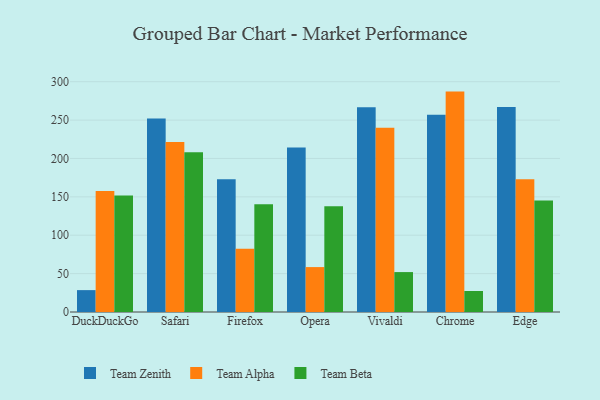
{"axis": {"x": "Browser", "y": "LTV (USD)"}, "legend": ["Team Alpha", "Team Beta", "Team Zenith"], "data": [{"x": "DuckDuckGo", "y": 28.5, "type": "Team Zenith"}, {"x": "DuckDuckGo", "y": 157.7, "type": "Team Alpha"}, {"x": "DuckDuckGo", "y": 151.9, "type": "Team Beta"}, {"x": "Safari", "y": 251.9, "type": "Team Zenith"}, {"x": "Safari", "y": 221.6, "type": "Team Alpha"}, {"x": "Safari", "y": 208.0, "type": "Team Beta"}, {"x": "Firefox", "y": 172.8, "type": "Team Zenith"}, {"x": "Firefox", "y": 82.5, "type": "Team Alpha"}, {"x": "Firefox", "y": 140.2, "type": "Team Beta"}, {"x": "Opera", "y": 214.4, "type": "Team Zenith"}, {"x": "Opera", "y": 58.5, "type": "Team Alpha"}, {"x": "Opera", "y": 137.8, "type": "Team Beta"}, {"x": "Vivaldi", "y": 266.6, "type": "Team Zenith"}, {"x": "Vivaldi", "y": 240.1, "type": "Team Alpha"}, {"x": "Vivaldi", "y": 52.0, "type": "Team Beta"}, {"x": "Chrome", "y": 257.1, "type": "Team Zenith"}, {"x": "Chrome", "y": 287.1, "type": "Team Alpha"}, {"x": "Chrome", "y": 27.4, "type": "Team Beta"}, {"x": "Edge", "y": 267.1, "type": "Team Zenith"}, {"x": "Edge", "y": 172.9, "type": "Team Alpha"}, {"x": "Edge", "y": 145.1, "type": "Team Beta"}]}